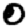
Digit: 0